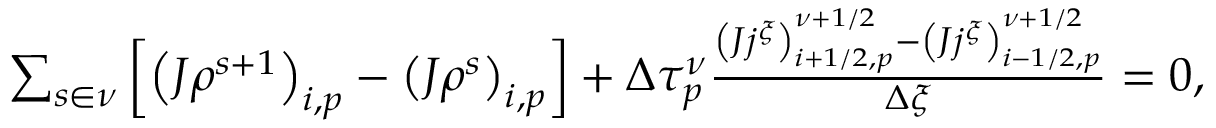
\begin{array} { r } { \sum _ { s \in \nu } \left[ \left( J \rho ^ { s + 1 } \right) _ { i , p } - \left( J \rho ^ { s } \right) _ { i , p } \right] + \Delta \tau _ { p } ^ { \nu } \frac { \left( J j ^ { \xi } \right) _ { i + 1 / 2 , p } ^ { \nu + 1 / 2 } - \left( J j ^ { \xi } \right) _ { i - 1 / 2 , p } ^ { \nu + 1 / 2 } } { \Delta \xi } = 0 , } \end{array}